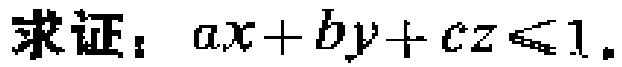
求证：\(ax + by + cz \leq 1\)。